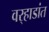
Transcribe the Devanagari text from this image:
वर्‍हाडांत